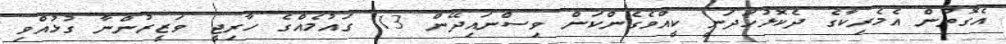
އެގޮތުން އެމެރިކާގެ ދެކޮޅުހަދަނީ ކީއްވެގެންކަން ވިސްނައިދޭން 13 ގައުމެއްގެ ހާރިޖީ ވަޒީރުންނާ ގުޅުއްވި